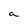
Character: a